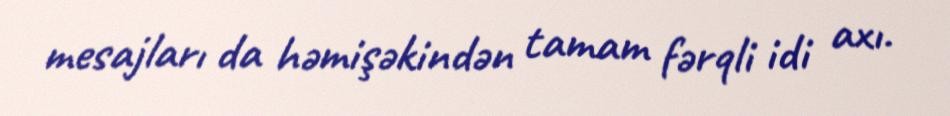
mesajları da həmişəkindən tamam fərqli idi axı.